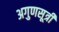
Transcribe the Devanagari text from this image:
अगुणसूत्री